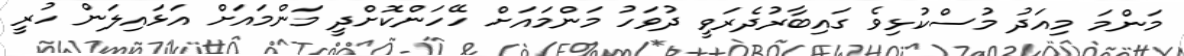
މަންމަ މިއަދު މުސްކުޅިވެ ގައިބާރުދެރަވީ ދުވަހު މަންމައަށް ހޭހަންކޮށްދީ މަންމައަށް އަޅައިލަން ހުރީ